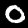
Label: 0